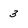
Character: 3